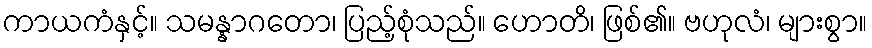
ကာယကံနှင့်။ သမန္နာဂတော၊ ပြည့်စုံသည်။ ဟောတိ၊ ဖြစ်၏။ ဗဟုလံ၊ များစွာ။